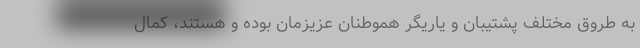
به طروق مختلف پشتیبان و یاریگر هموطنان عزیزمان بوده و هستند، کمال